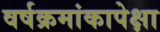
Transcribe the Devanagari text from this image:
वर्षक्रमांकापेक्षा